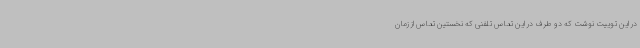
در این توییت نوشت که دو طرف در این تماس تلفنی که نخستین تماس از زمان